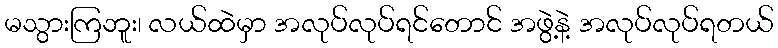
မသွားကြဘူး၊ လယ်ထဲမှာ အလုပ်လုပ်ရင်တောင် အဖွဲ့နဲ့ အလုပ်လုပ်ရတယ်